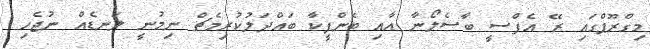
މިގްރޫޕްގައި ރޭ އެފްސީ ބާސެލޯނާ އާއި ބެންފީކާ ބައްދަލުކުރިމެޗް ނިމުނީ ލަނޑެއް ނުޖެހި